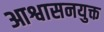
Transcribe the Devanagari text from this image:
आश्वासनयुक्त